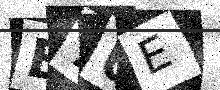
Text: B7UE